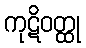
ကုဋိဝတ္ထု